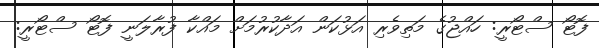
ފޮޓޯ ސްޓޯރީ: ހައްޖުގެ މަތިވެރި އަޅުކަން އަދާކުރުމަށް މައްކާ ފުރާލަނީ ފޮޓޯ ސްޓޯރީ: